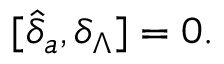
\lbrack \widehat { \delta } _ { a } , \delta _ { \Lambda } ] = 0 .